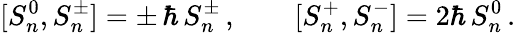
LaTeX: [S_{n}^{0},S_{n}^{\pm}]=\pm\, \hbar\, S_{n}^{\pm}\, ,\qquad[S_{n}^{+},S_{n}^{-}]=2\hbar\, S_{n}^{0}\, .